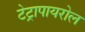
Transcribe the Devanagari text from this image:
टेट्रापायरोल